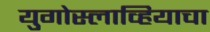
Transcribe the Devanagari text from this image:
युगोस्लाव्हियाचा